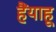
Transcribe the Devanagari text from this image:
हैंयाहू